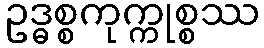
ဥဒ္ဓစ္စကုက္ကုစ္စဿ